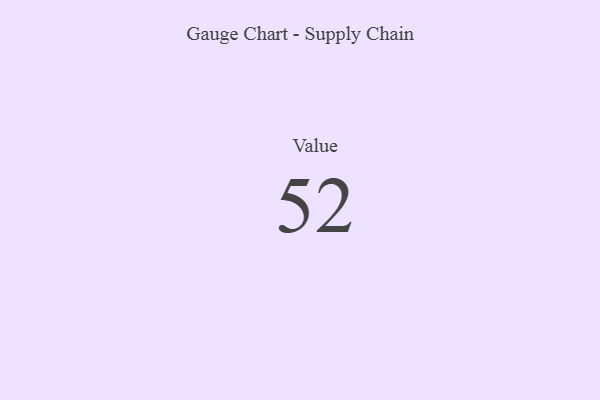
{"axis": {"x": "Metric", "y": "Value"}, "legend": [""], "data": [{"x": "Value", "y": 52, "type": ""}]}